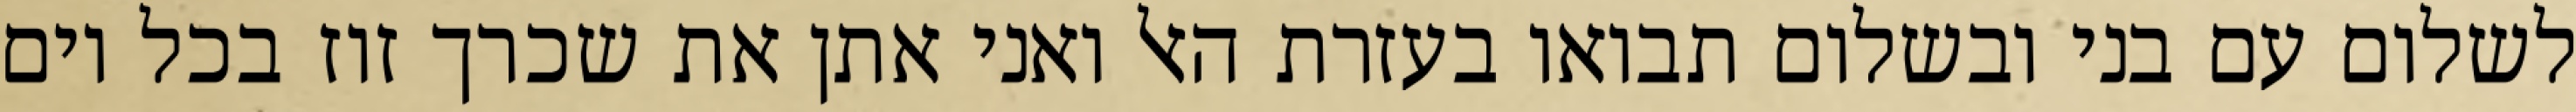
לשלום עם בני ובשלום תבואו בעזרת האל ואני אתן את שכרך זוז בכל יום